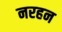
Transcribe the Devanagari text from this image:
नरहन